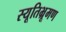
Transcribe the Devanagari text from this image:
स्यूतिभ्रूमण